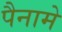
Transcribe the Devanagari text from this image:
पैनामे